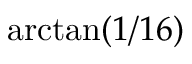
\arctan ( 1 / 1 6 )